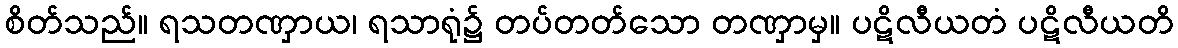
စိတ်သည်။ ရသတဏှာယ၊ ရသာရုံ၌ တပ်တတ်သော တဏှာမှ။ ပဋိလီယတံ ပဋိလီယတိ